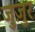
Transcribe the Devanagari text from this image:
जुज़ुर